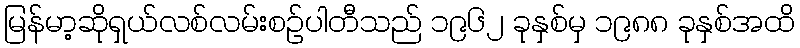
မြန်မာ့ဆိုရှယ်လစ်လမ်းစဉ်ပါတီသည် ၁၉၆၂ ခုနှစ်မှ ၁၉၈၈ ခုနှစ်အထိ